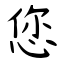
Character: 您